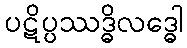
ပဋိပ္ပဿဒ္ဓိလဒ္ဓေါ